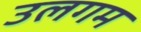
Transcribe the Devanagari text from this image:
उलगम